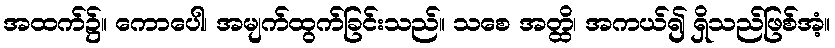
အထက်၌။ ကောပေါ၊ အမျက်ထွက်ခြင်းသည်။ သစေ အတ္ထိ၊ အကယ်၍ ရှိသည်ဖြစ်အံ့။